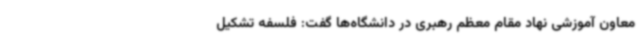
معاون آموزشی نهاد مقام معظم رهبری در دانشگاه‌ها گفت: فلسفه تشکیل